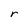
Character: r